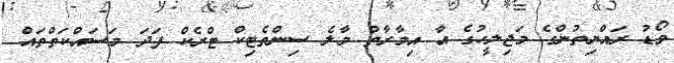
ވޯޑު ރައްޔިތުންގެ މަޖިލީހުގެ އާ އިމާރާތް މާލެ ސިންތެޓިކް ޓްރެކް ފަދަ މަސައްކަތްތައް